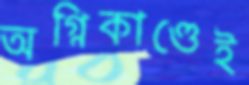
অগ্নিকাণ্ডেই